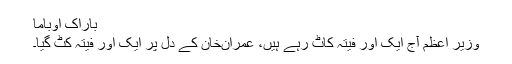
باراک اوباما
وزیر اعظم آج ایک اور فیتہ کاٹ رہے ہیں، عمران‌خان کے دل پر ایک اور فیتہ کٹ گیا۔